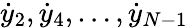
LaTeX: {\dot{y}}_{2},{\dot{y}}_{4},\dots,{\dot{y}}_{N-1}